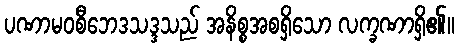
ပဏာမဝစီဘေဒသဒ္ဒသည် အနိစ္စအစရှိသော လက္ခဏာရှိ၏။